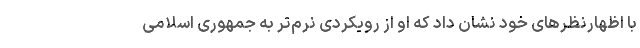
با اظهارنظرهای خود نشان داد که او از رویکردی نرم‌تر به جمهوری اسلامی